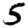
Digit: 5